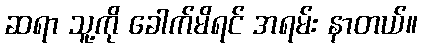
ဆရာ သူ့ကို ခေါက်မိရင် အရမ်း နာတယ်။